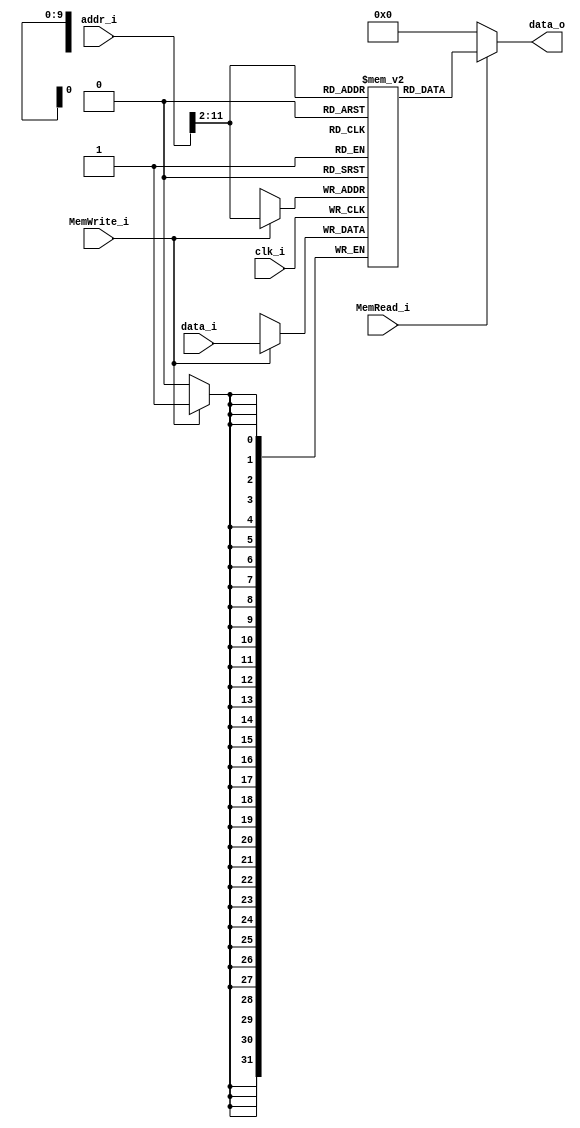
module Data_Memory
(
    clk_i, 
    addr_i, 
    MemRead_i,
    MemWrite_i,
    data_i,
    data_o
);

// Interface
input               clk_i;
input   [31:0]      addr_i;
input               MemRead_i;
input               MemWrite_i;
input   [31:0]      data_i;
output  [31:0]      data_o;

// data memory
reg signed    [31:0]     memory  [0:1023];

assign  data_o = MemRead_i? memory[addr_i >> 2] : 0;

always @ (posedge clk_i) begin
    if (MemWrite_i) begin
        // Unaligned write should be avoided. addr_i%4 must be 0.
        memory[addr_i >> 2] <= data_i;
    end
end

endmodule